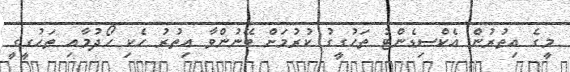
މީގެ އިތުރުން އެކްސިޑެންޓު ތަހުގީގު ކުރުމަށް ބޭނުންވާ އިތުރު ހެކި ހޯދުމާއި ތަހުގީގީ